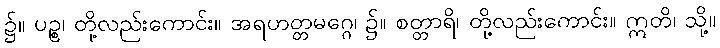
၌။ ပဉ္စ၊ တို့လည်းကောင်း။ အရဟတ္တမဂ္ဂေ၊ ၌။ စတ္တာရိ၊ တို့လည်းကောင်း။ ဣတိ၊ သို့။